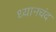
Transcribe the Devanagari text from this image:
ध्‍यानचंद